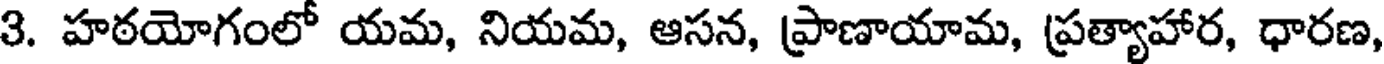
3. హఠయోగంలో యమ, నియమ, ఆసన, ప్రాణాయామ, ప్రత్యాహార, ధారణ,